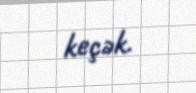
keçək.